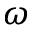
\omega